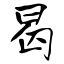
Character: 曷